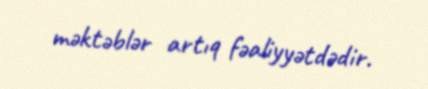
məktəblər artıq fəaliyyətdədir.